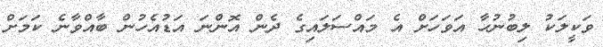
ވަކީލަކު ލިބުނުހާ އަވަހަށް އެ މައްސަލައިގެ ދެން އޮންނަ އަޑުއެހުން ބާއްވާނެ ކަމަށް